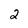
Character: 2